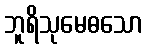
ဘူရိသုမေဓသော